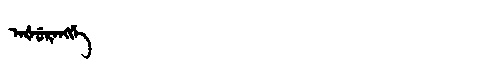
Manchu: ᠠᡧᡠᡵᠠᠩᡤᡝ
Romanization: AŠURANGGE